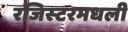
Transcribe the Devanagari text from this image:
रजिस्‍टरमधली